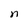
Character: n